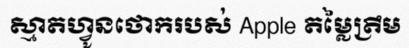
ស្មាតហ្វូនថោករបស់ Apple តម្លៃត្រឹម